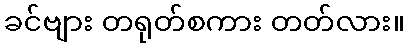
ခင်ဗျား တရုတ်စကား တတ်လား။